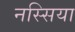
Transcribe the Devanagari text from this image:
नस्सिया